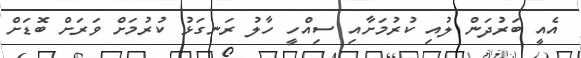
އެއީ ބަރުދަން ލުއި ކުރުމަށާއި ސިއްހީ ހާލު ރަނގަޅު ކުރުމަށް ވަރަށް ބޮޑަށް